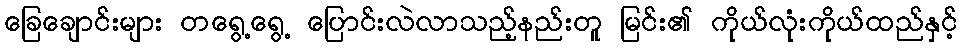
ခြေချောင်းများ တရွေ့ရွေ့ ပြောင်းလဲလာသည့်နည်းတူ မြင်း၏ ကိုယ်လုံးကိုယ်ထည်နှင့်